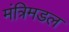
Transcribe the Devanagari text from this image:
मंत्रिमडल